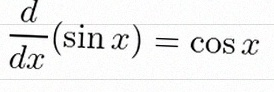
\frac{d}{dx}(\sin x)=\cos x